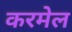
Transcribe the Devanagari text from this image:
करमेल